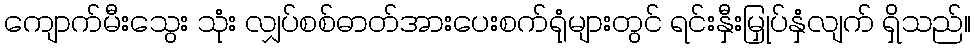
ကျောက်မီးသွေး သုံး လျှပ်စစ်ဓာတ်အားပေးစက်ရုံများတွင် ရင်းနှီးမြှုပ်နှံလျက် ရှိသည်။